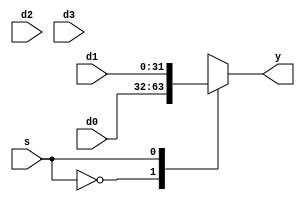
module mux(s, y, d0, d1, d2, d3);
	parameter selectWidth = 1, width = 32;
	
	input [selectWidth - 1:0] s;
	input [width - 1:0] d0, d1, d2, d3;
	output reg [width - 1:0] y;
	
	always@(*)
		begin
		case(s)
			2'b00:
				begin
				y = d0;
				end
			2'b01:
				begin
				y = d1;
				end
			2'b10:
				begin
				y = d2;
				end
			2'b11:
				begin
				y = d3;
				end
		endcase
		end
endmodule